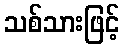
သစ်သားဖြင့်